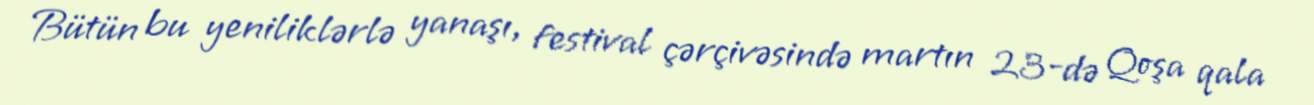
Bütün bu yeniliklərlə yanaşı, festival çərçivəsində martın 23-də Qoşa qala